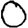
Digit: 0